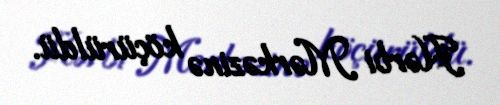
Hərbi Mərkəzinə köçürüldü.